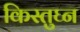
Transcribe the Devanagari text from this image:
किस्तुघ्न